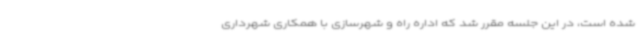
شده است، در این جلسه مقرر شد که اداره راه و شهرسازی با همکاری شهرداری